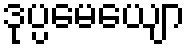
ဒုပ္ပမေယျော